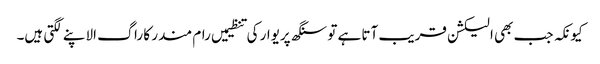
کیونکہ جب بھی الیکشن قریب آتا ہے تو سنگھ پریوار کی تنظیمیں رام مندر کا راگ الاپنے لگتی ہیں۔